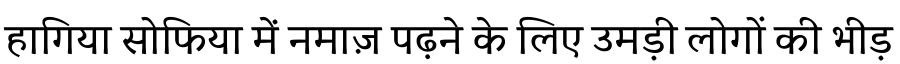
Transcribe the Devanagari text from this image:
हागिया सोफिया में नमाज़ पढ़ने के लिए उमड़ी लोगों की भीड़